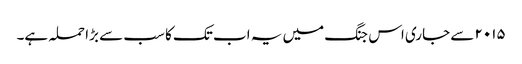
۲۰۱۵ سے جاری اس جنگ میں یہ اب تک کا سب سے بڑا حملہ ہے۔